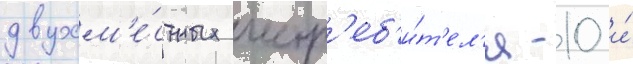
двухм'е́стных истр'еб'и́т'ел'я -10 и́